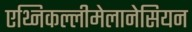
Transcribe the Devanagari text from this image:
एथ्निकल्लीमेलानेसियन